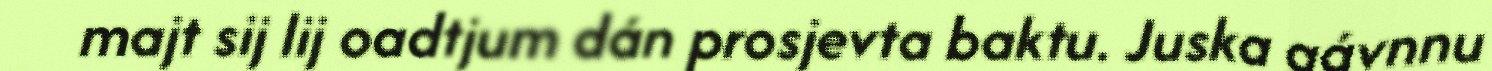
majt sij lij oadtjum dán prosjevta baktu. Juska gávnnu